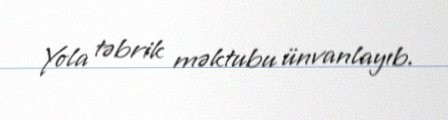
Yola təbrik məktubu ünvanlayıb.